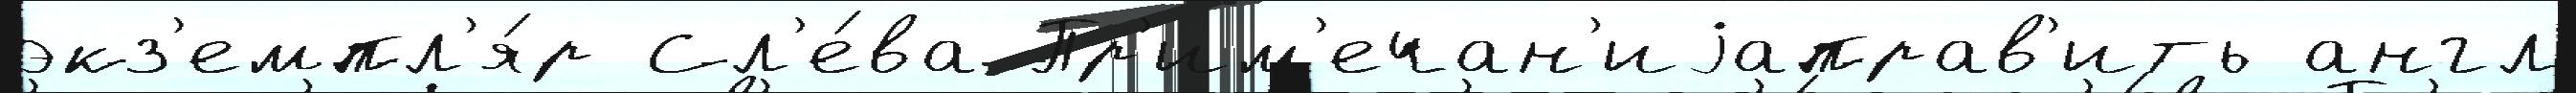
экз'емпл'я́р Сл'е́ва Пр'им'ечан'иjаправ'ить англ